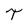
Character: T